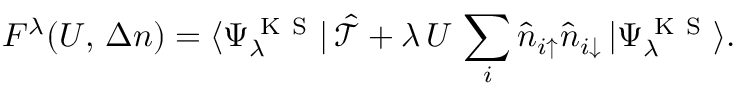
F ^ { \lambda } ( U , \, \Delta n ) = \langle \Psi _ { \lambda } ^ { \mathrm { ~ K ~ S ~ } } | \, \hat { \mathcal { T } } + \lambda \, U \, \sum _ { i } \hat { n } _ { i \uparrow } \hat { n } _ { i \downarrow } \, | \Psi _ { \lambda } ^ { \mathrm { ~ K ~ S ~ } } \rangle .